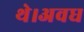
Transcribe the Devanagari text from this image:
थे।अवध